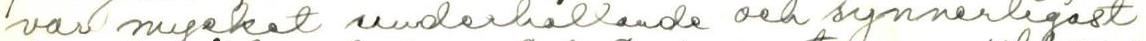
var mycket underhållande och synnerligast